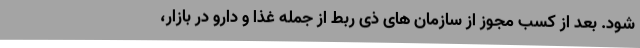
شود. بعد از کسب مجوز از سازمان های ذی ربط از جمله غذا و دارو در بازار،